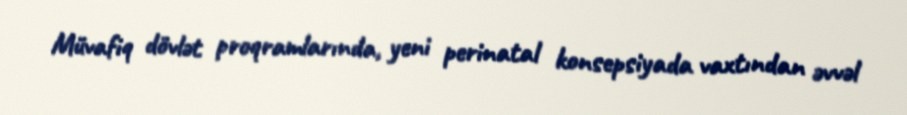
Müvafiq dövlət proqramlarında, yeni perinatal konsepsiyada vaxtından əvvəl